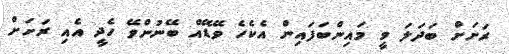
ރަށަށް ބަދަލަ ވީ މައިންބަފައިން އެކެހެ ވޭޑޭއް ބޭނުންވޭ ހެދީ އެއި ރަށަށް